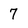
Character: 7